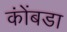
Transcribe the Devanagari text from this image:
कोंंबडा